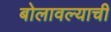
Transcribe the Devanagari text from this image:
बोलावल्याची